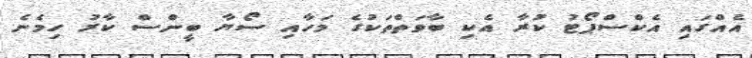
އެއްގައި އެކްސްޕޯޓު ކުރާ އެކި ބާވަތްތަކުގެ މަހާއި ސޯޔާ ބީންސް ކާރު ހިމެނެ